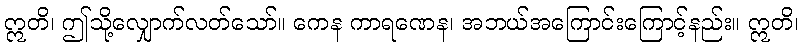
ဣတိ၊ ဤသို့လျှောက်လတ်သော်။ ကေန ကာရဏေန၊ အဘယ်အကြောင်းကြောင့်နည်း။ ဣတိ၊